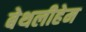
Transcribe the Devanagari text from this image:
बेथलीहेम